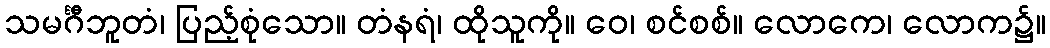
သမင်္ဂီဘူတံ၊ ပြည့်စုံသော။ တံနရံ၊ ထိုသူကို။ ဝေ၊ စင်စစ်။ လောကေ၊ လောက၌။